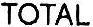
TOTAL